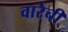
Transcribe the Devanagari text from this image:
वारेची